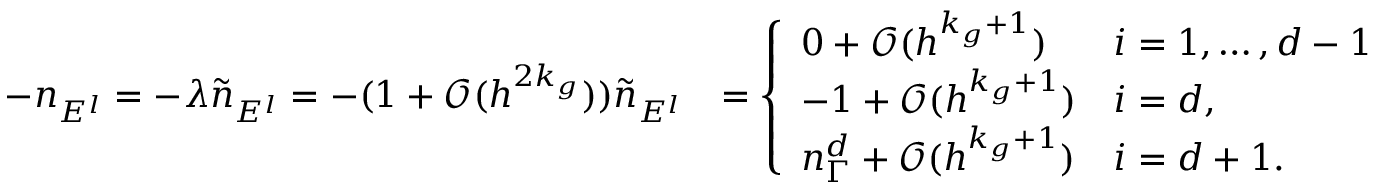
\begin{array} { r l } { - n _ { E ^ { l } } = - \lambda \widetilde { n } _ { E ^ { l } } = - ( 1 + \mathcal { O } ( h ^ { 2 k _ { g } } ) ) \widetilde { n } _ { E ^ { l } } } & { = \left\{ \begin{array} { l l } { 0 + \mathcal { O } ( h ^ { k _ { g } + 1 } ) } & { i = 1 , \ldots , d - 1 } \\ { - 1 + \mathcal { O } ( h ^ { k _ { g } + 1 } ) } & { i = d , } \\ { n _ { \Gamma } ^ { d } + \mathcal { O } ( h ^ { k _ { g } + 1 } ) } & { i = d + 1 . } \end{array} \right. } \end{array}